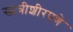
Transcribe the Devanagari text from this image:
खात्रीशीरपणे